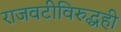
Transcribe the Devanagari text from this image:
राजवटीविरुद्धही